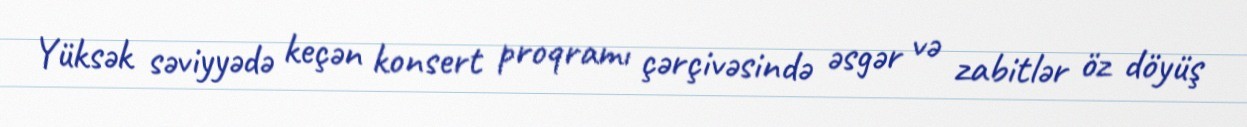
Yüksək səviyyədə keçən konsert proqramı çərçivəsində əsgər və zabitlər öz döyüş